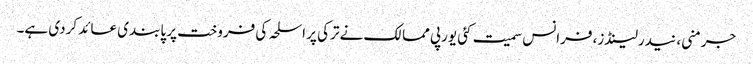
جرمنی، نیدرلینڈز، فرانس سمیت کئی یورپی ممالک نے ترکی پر اسلحہ کی فروخت پر پابندی عائد کردی ہے۔